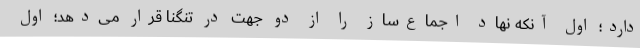
دارد؛ اول آنکه نهاد اجماع‌ساز را از دو جهت در تنگنا قرار می‌دهد؛ اول